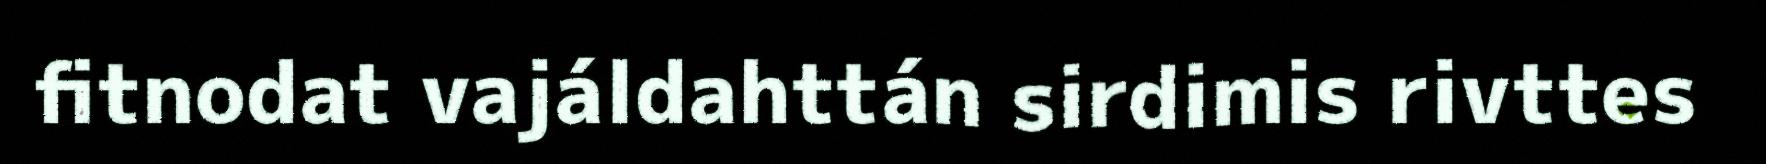
fitnodat vajáldahttán sirdimis rivttes